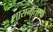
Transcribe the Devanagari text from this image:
शासनातरफे